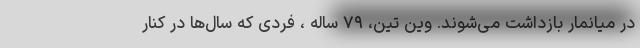
در میانمار بازداشت می‌شوند. وین تین، ۷۹ ساله ، فردی که سال‌ها در کنار